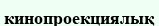
кинопроекциялық